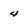
Character: 4